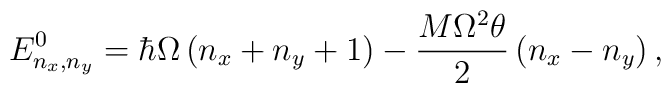
E^0_{n_x,n_y}= \hbar \Omega\left(n_x+n_y+1\right)-\frac{M\Omega^{2}\theta}{2}\left(n_x-n_y\right),